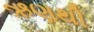
ઋણથી